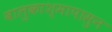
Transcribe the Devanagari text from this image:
वालुकाश्मापासुन